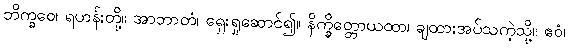
ဘိက္ခဝေ၊ ရဟန်းတို့။ အာဘာတံ၊ ရှေးရှုဆောင်၍။ နိက္ခိတ္တောယထာ၊ ချထားအပ်သကဲ့သို့။ ဧဝံ၊